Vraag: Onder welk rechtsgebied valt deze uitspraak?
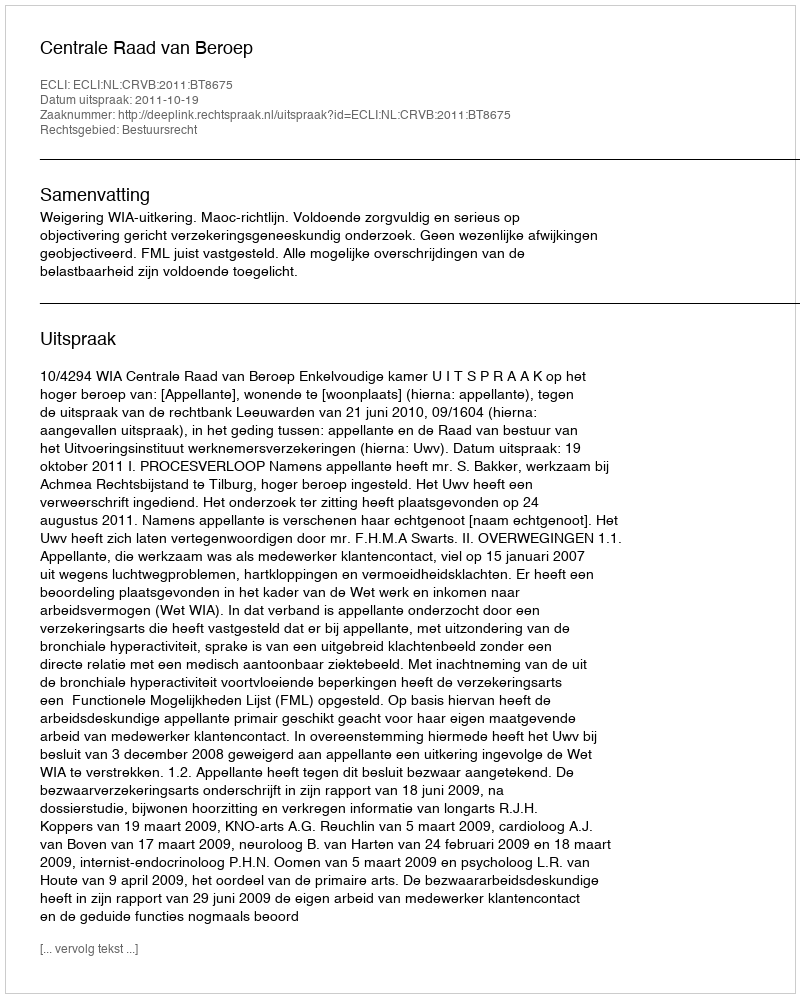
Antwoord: Bestuursrecht